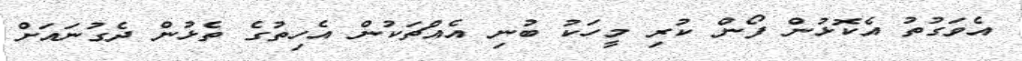
އެވަގުތު އެކޮޅުން ފޯން ކުރި މީހަކު ބުނި އެއްޗަކުން އެހިތުގެ ތެޅުން ދެގުނައަށް